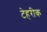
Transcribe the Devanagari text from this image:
टेहरीक